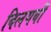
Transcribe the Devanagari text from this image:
विलगबी